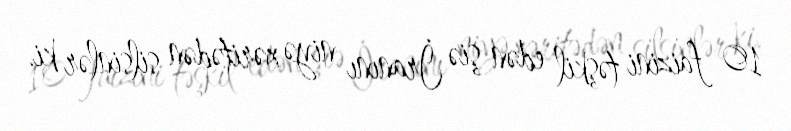
10 faizini təşkil edən şiə İranını niyə xəritədən silsinlər ki.